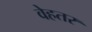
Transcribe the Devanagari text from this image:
वेहतर